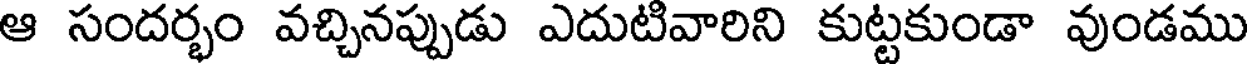
ఆ సందర్భం వచ్చినప్పుడు ఎదుటివారిని కుట్టకుండా వుండము